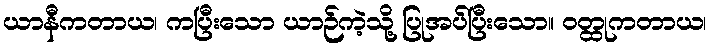
ယာနီကတာယ၊ ကပြီးသော ယာဉ်ကဲ့သို့ ပြုအပ်ပြီးသော။ ဝတ္ထုကတာယ၊